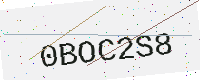
Text: 0BOC2S8